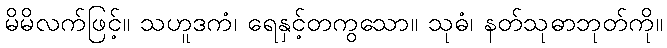
မိမိလက်ဖြင့်။ သဟူဒကံ၊ ရေနှင့်တကွသော။ သုဓံ၊ နတ်သုဓာဘုတ်ကို။